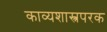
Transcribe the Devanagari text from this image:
काव्यशास्त्रपरक